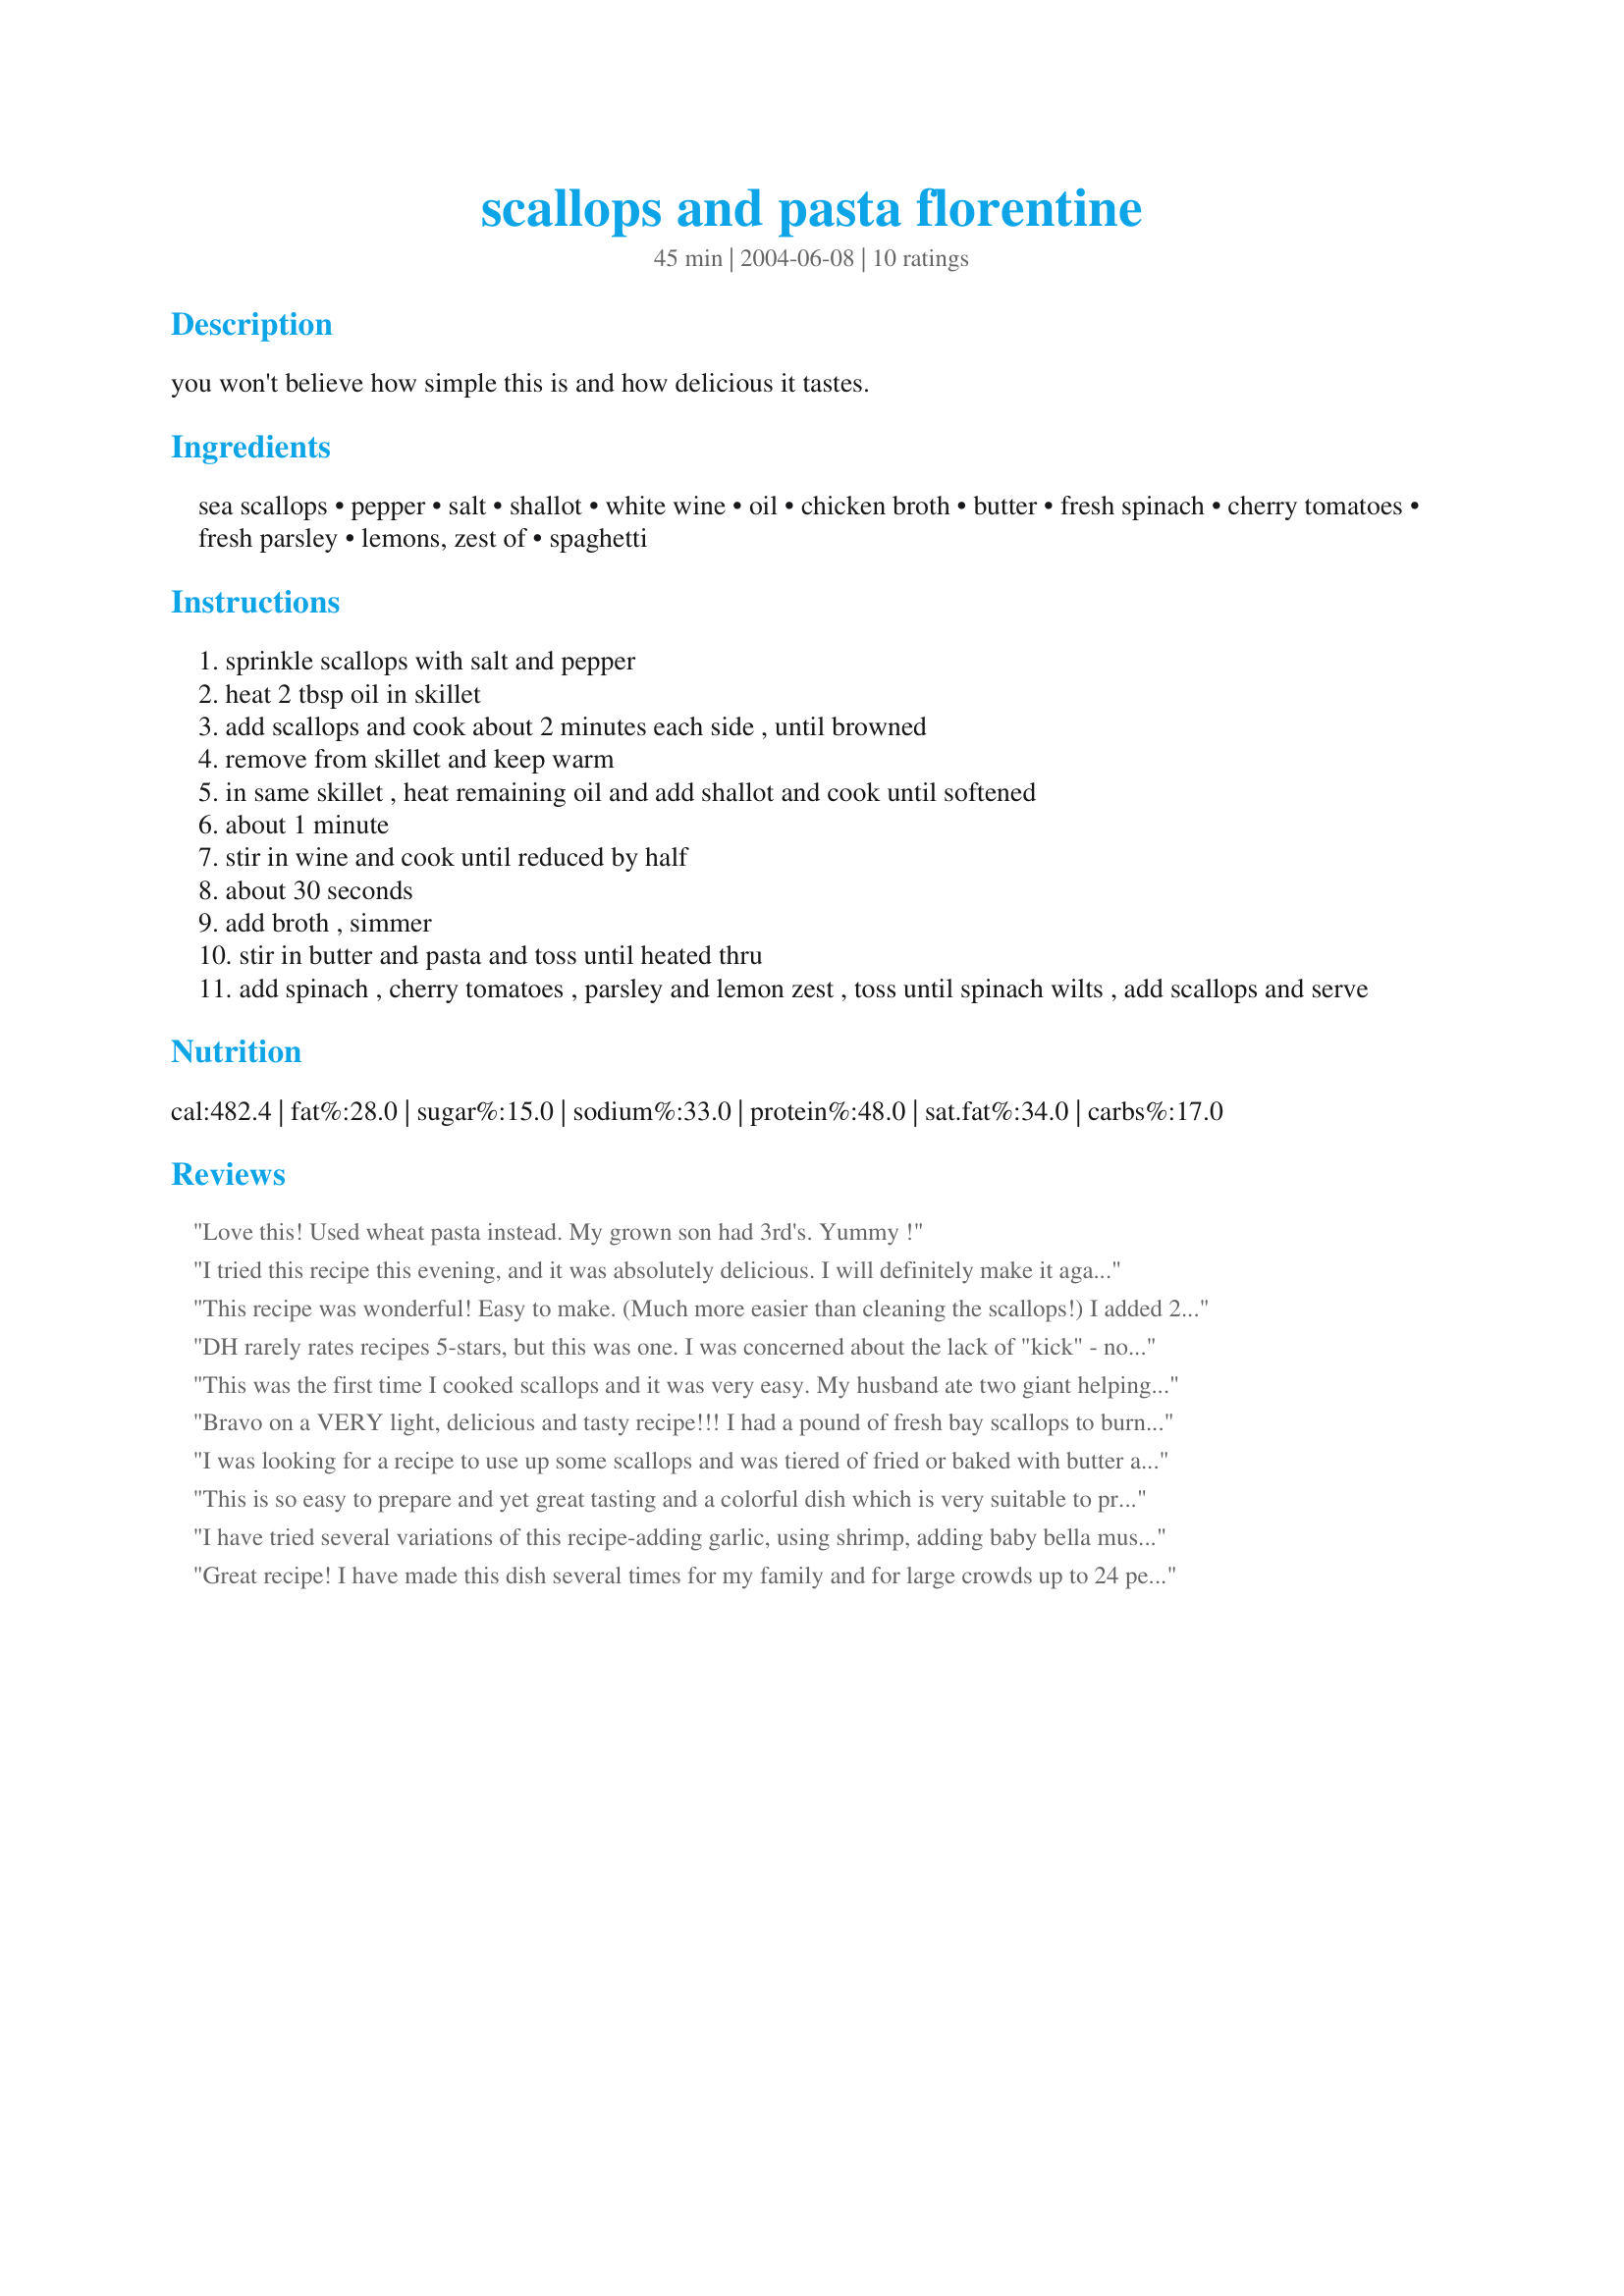
scallops and pasta florentine
Preparation time: 45 minutes

you won't believe how simple this is and how delicious it tastes.

Ingredients:
sea scallops, pepper, salt, shallot, white wine, oil, chicken broth, butter, fresh spinach, cherry tomatoes, fresh parsley, lemons, zest of, spaghetti

Steps:
sprinkle scallops with salt and pepper
heat 2 tbsp oil in skillet
add scallops and cook about 2 minutes each side , until browned
remove from skillet and keep warm
in same skillet , heat remaining oil and add shallot and cook until softened
about 1 minute
stir in wine and cook until reduced by half
about 30 seconds
add broth , simmer
stir in butter and pasta and toss until heated thru
add spinach , cherry tomatoes , parsley and lemon zest , toss until spinach wilts , add scallops and serve

Reviews:
Love this! Used wheat pasta instead. My grown son had 3rd's. Yummy !
I tried this recipe this evening, and it was absolutely delicious. I will definitely make it again. It was simple to prepare too. I used Roma tomatoes, Pinot Grigio white wine and substituted some fresh garlic for the shallots (because I didn't have any shallots). Thanks for a wonderful recipe.
This recipe was wonderful! Easy to make. (Much more easier than cleaning the scallops!) I added 2 cloves of chopped garlic to it to add a little more depth and changed fresh tomatoes with sun dried tomatoes. Amazing! You can make this with chicken or shrimp as well. Definitely a do over!
DH rarely rates recipes 5-stars, but this was one. I was concerned about the lack of "kick" - no garlic, no chili, no lemon juice. I shouldn't have worried - this was absolutely delicious. With practice, this will be a weeknight fav - very simple. Thanks for sharing!
This was the first time I cooked scallops and it was very easy. My husband ate two giant helpings and took some to work the next day for lunch. Thanks Boca Pat for a keeper!
Bravo on a VERY light, delicious and tasty recipe!!! I had a pound of fresh bay scallops to burn and was looking for the perfect pasta recipe to incorporate it with. This was great! I added 4 cloves of garlic with the shallots (gotta have garlic!), I used a dry sauvignon blanc for the wine, I used 9 ounces of fresh baby spinach and I used about 15 vine-ripe tomatoes in place of the cherry tomatoes. I also used 1 pound of spaghetti rather than 6 ounces but I figured the extra tomato juice from all the tomatoes would offset the needed juice/sauce amount. This was VERY light and fresh tasting. If you're looking for something thick and rich...look elsewhere. The true finishing touch on this dish was the fresh lemon and lemon zest. The flavor from the lemon totally shined through but not in an overpowering way. I also added a shake or two of crushed red peppers. Added some flavor but didn't make it spicy. Just PERFECT! Will make this one again and again! Thanks for posting!
I was looking for a recipe to use up some scallops and was tiered of fried or baked with butter and breadcumb dishes. This dish is simple, light and very delicious. I added garlic, but the shallots, wine and lemon zest gave a wonderful fresh taste to this pasta dish. A winner. My husband wants me to make it again tonight!!! Thanks for sharing a great dish!
This is so easy to prepare and yet great tasting and a colorful dish which is very suitable to prepare for guests. I used a Sauvignon Blanc and grape tomatoes. This is a lovely dish and makes a beautiful presentation. Thanks again, Boca Pat, for sharing this.

I have tried several variations of this recipe-adding garlic, using shrimp, adding baby bella mushrooms, doubling the spinach, etc.... It has been superb every way I've tried it. This is now a family favorite, even with our 7, 6 and 3 year olds!
Great recipe! I have made this dish several times for my family and for large crowds up to 24 people. Very simple. I always use a crisp and/or dry white wine. Pretty much whatever tomatoes are on hand is what I use. I have also added garlic before and a few pinches of chopped fresh basil. I serve with a light white balsamic dressing salad and crusty french bread. I will be using this recipe for years to come.
